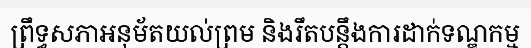
ព្រឹទ្ធសភាអនុម័តយល់ព្រម និងរឹតបន្តឹងការដាក់ទណ្ឌកម្ម